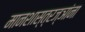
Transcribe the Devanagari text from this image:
मानशास्त्रज्ञांना